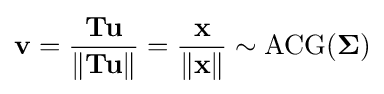
\mathbf {v} ={\frac {\mathbf {Tu} }{\lVert \mathbf {Tu} \rVert }}={\frac {\mathbf {x} }{\lVert \mathbf {x} \rVert }}\sim \operatorname {ACG} ({\boldsymbol {\Sigma }})